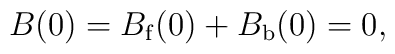
B(0) = B_{\rm f}(0)+B_{\rm b}(0)=0,